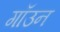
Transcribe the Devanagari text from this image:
गॉउन